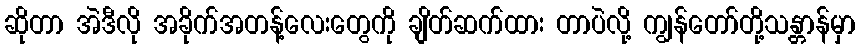
ဆိုတာ အဲဒီလို အခိုက်အတန့်လေးတွေကို ချိတ်ဆက်ထား တာပဲလို့ ကျွန်တော်တို့သန္တာန်မှာ